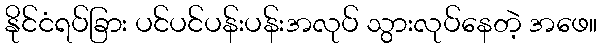
နိုင်ငံရပ်ခြား ပင်ပင်ပန်းပန်းအလုပ် သွားလုပ်နေတဲ့ အဖေ။